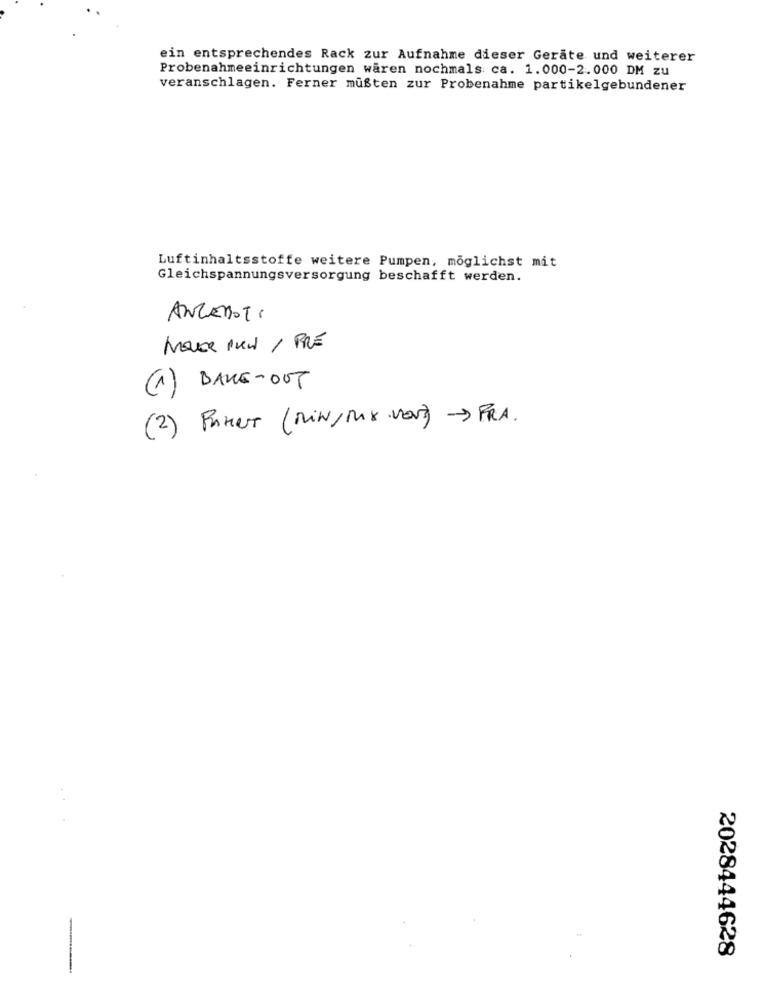
ein entsprechendes Rack zur Aufnahme dieser Geräte und weiterer
Probenahmeeinrichtungen waren nochmals ca. 1.000-2.000 DM zu
veranschlagen. Ferner müßten zur Probenahme partikelgebundener
Luftinhaltsstoffe weitere Pumpen, möglichst mit
Gleichspannungsversorgung beschafft werden.
ANGEBOTI
Make 1KW / PRE
(1) BAKE-OUT
(2) FAHRT (Min/ MAX VON) > FRA.
2028444628